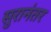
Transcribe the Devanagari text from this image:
सुरानंतर